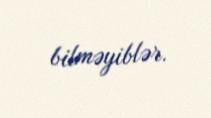
bilməyiblər.